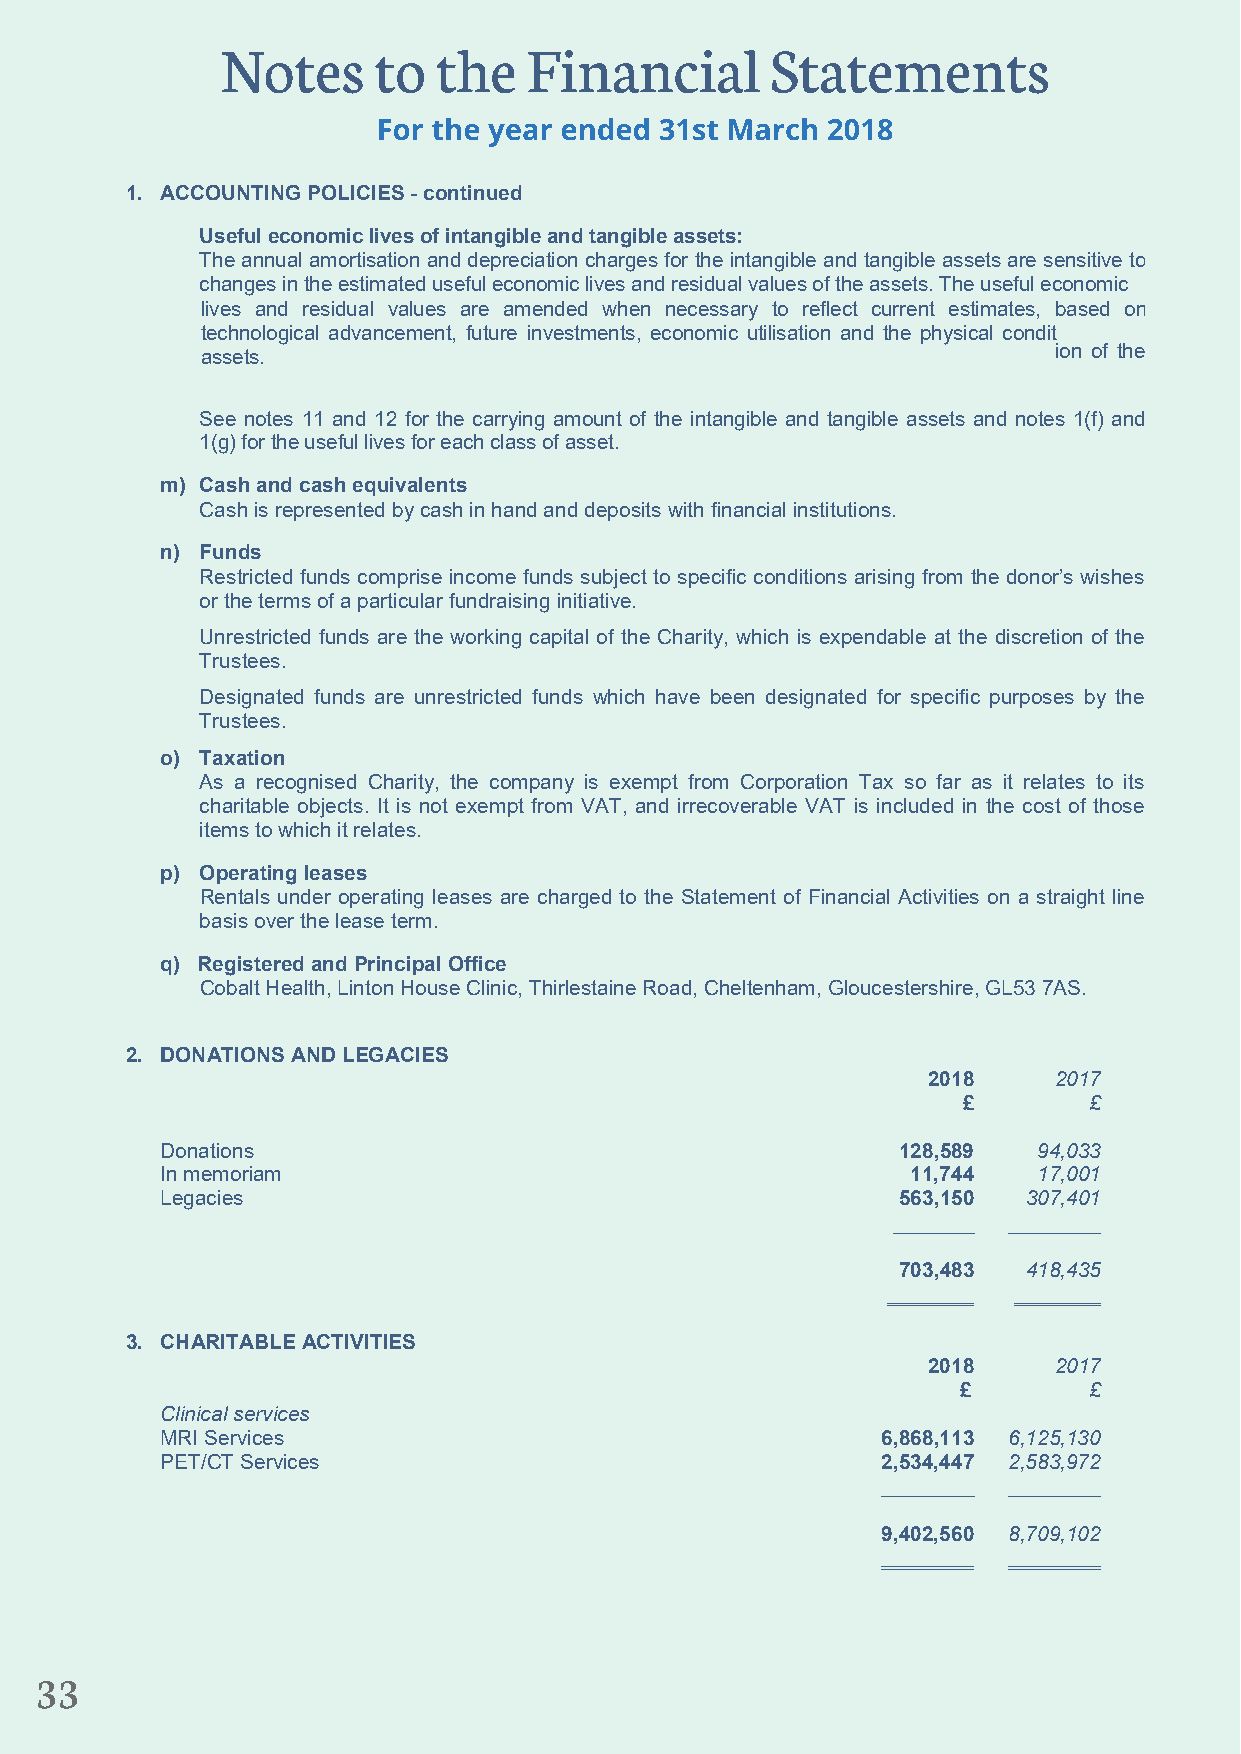
1. ACCOUNTING POLICIES - continued
 Useful economic lives of intangible and tangible assets:
 The annual amortisation and depreciation charges for the intangible and tangible assets are sensitive to
 changes in the estimated useful economic lives and residual values of the assets. The useful economic
 lives and residual values are amended when necessary to reflect current estimates, based on
 technological advancement, future investments, economic utilisation and the physical condit
 assets.                                                  ion of the
 See notes 11 and 12 for the carrying amount of the intangible and tangible assets and notes 1(f) and
 1(g) for the useful lives for each class of asset.
 m) Cash and cash equivalents
 Cash is represented by cash in hand and deposits with financial institutions.
 n) Funds
 Restricted funds comprise income funds subject to specific conditions arising from the donor’s wishes
 or the terms of a particular fundraising initiative.
 Unrestricted funds are the working capital of the Charity, which is expendable at the discretion of the
 Trustees.
 Designated funds are unrestricted funds which have been designated for specific purposes by the
 Trustees.
 o) Taxation
 As a recognised Charity, the company is exempt from Corporation Tax so far as it relates to its
 charitable objects. It is not exempt from VAT, and irrecoverable VAT is included in the cost of those
 items to which it relates.
 p) Operating leases
 Rentals under operating leases are charged to the Statement of Financial Activities on a straight line
 basis over the lease term.
 q) Registered and Principal Office
 Cobalt Health, Linton House Clinic, Thirlestaine Road, Cheltenham, Gloucestershire, GL53 7AS.
 2. DONATIONS AND LEGACIES
 2018     2017
 £       £
 Donations                                       128,589   94,033
 In memoriam                                      11,744   17,001
 Legacies                                        563,150  307,401
 _______ ________
 703,483  418,435
 3. CHARITABLE ACTIVITIES
 2018     2017
 £        £
 Clinical services
 MRI Services                                   6,868,113 6,125,130
 PET/CT Services                                2,534,447 2,583,972
 ________ ________
 9,402,560 8,709,102